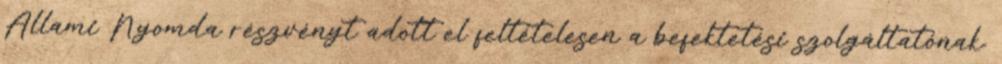
Állami Nyomda részvényt adott el feltételesen a befektetési szolgáltatónak.